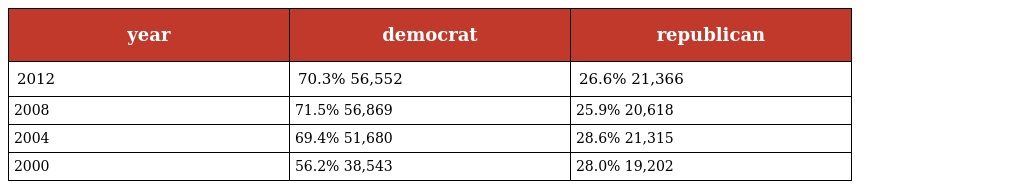
| year | democrat | republican |
 | --- | --- | --- |
 | 2012 | 70.3% 56,552 | 26.6% 21,366 |
 | 2008 | 71.5% 56,869 | 25.9% 20,618 |
 | 2004 | 69.4% 51,680 | 28.6% 21,315 |
 | 2000 | 56.2% 38,543 | 28.0% 19,202 |